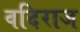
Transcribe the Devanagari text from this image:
वदिराज